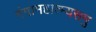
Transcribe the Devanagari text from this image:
गंगामहात्म्यसमु